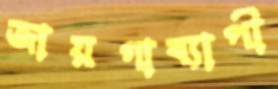
জায়গাব্যাপী